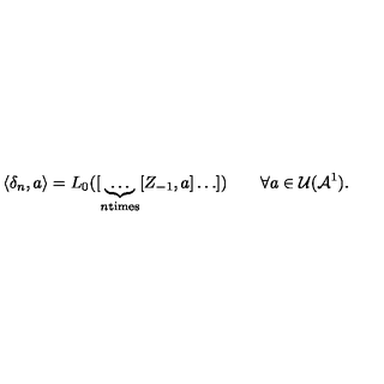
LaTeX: \langle \delta _ { n } , a \rangle = L _ { 0 } ( [ \underbrace { \ldots } _ { n \mathrm { t i m e s } } [ Z _ { - 1 } , a ] \ldots ] ) \qquad \forall a \in { \cal U } ( { \cal A } ^ { 1 } ) .